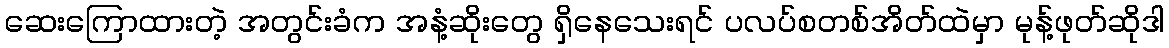
ဆေးကြောထားတဲ့ အတွင်းခံက အနံ့ဆိုးတွေ ရှိနေသေးရင် ပလပ်စတစ်အိတ်ထဲမှာ မုန့်ဖုတ်ဆိုဒါ